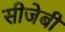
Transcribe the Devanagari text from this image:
सीजेबी